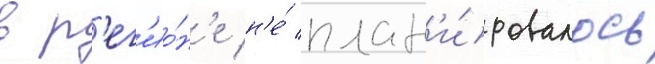
в р'ег'ио́н'е н'е́ план'и́ровалось